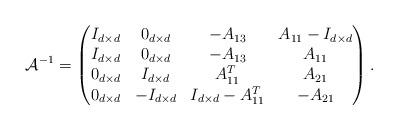
LaTeX: \begin{align*}\mathcal{A}^{-1}=\begin{pmatrix}I_{d\times d} & 0_{d\times d} & -A_{13} & A_{11}-I_{d\times d}\\I_{d\times d} & 0_{d\times d} & -A_{13} & A_{11}\\0_{d\times d} & I_{d\times d} & A_{11}^T & A_{21}\\0_{d\times d} & -I_{d\times d} & I_{d\times d}-A_{11}^T & -A_{21}\end{pmatrix}.\end{align*}